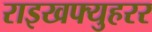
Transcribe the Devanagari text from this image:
राइखफ्युहरर